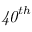
\mathit { 4 0 } ^ { t h }